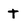
Character: t